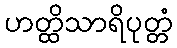
ဟတ္ထိသာရိပုတ္တံ